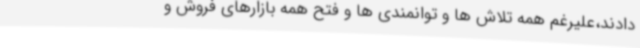
دادند،علیرغم همه تلاش ها و توانمندی ها و فتح همه بازارهای فروش و